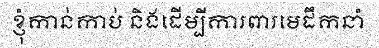
ខ្ញុំកាន់កាប់ និងដើម្បីការពារមេដឹកនាំ